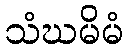
သံဃမိမံ